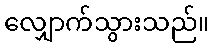
လျှောက်သွားသည်။